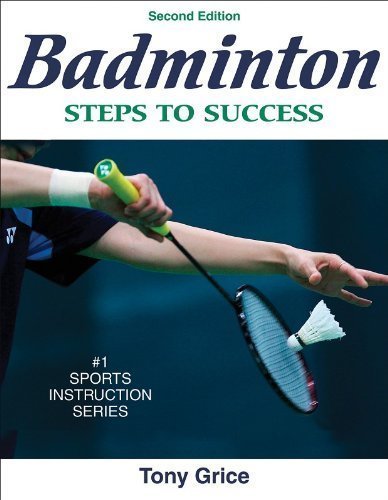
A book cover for Badminton: Steps to Success - 2nd Edition (Steps to Success Activity Series) 2nd (second) Edition by Grice, Tony [2007]; Sports & Outdoors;